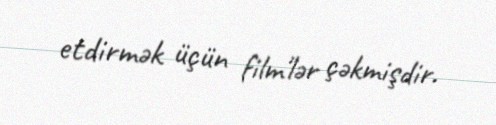
etdirmək üçün film'lər çəkmişdir.